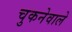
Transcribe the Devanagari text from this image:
चुकनेवाले